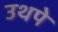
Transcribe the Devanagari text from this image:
उथपे